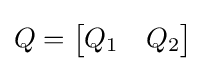
Q={\begin{bmatrix}Q_{1}&Q_{2}\end{bmatrix}}